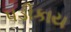
પડીકાય